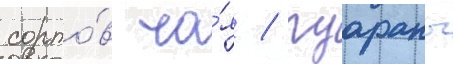
сорто́в ча́я / гуараны